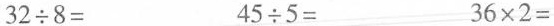
$$3 2 \div 8 =$$ $$4 5 \div 5 =$$ $$3 6 \times 2 =$$